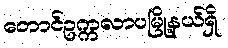
တောင်ဥက္ကလာပမြို့နယ်ရှိ